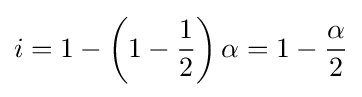
i=1-\left(1-{\frac {1}{2}}\right)\alpha =1-{\frac {\alpha }{2}}